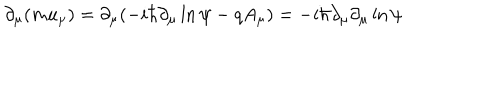
\partial _ { \mu } ( m u _ { \mu } ) = \partial _ { \mu } ( - i \hbar \partial _ { \mu } \ln \psi - q A _ { \mu } ) = - i \hbar \partial _ { \mu } \partial _ { \mu } \ln \psi